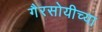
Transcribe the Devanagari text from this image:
गैरसोयीच्या